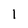
Character: 1